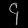
Digit: ၄